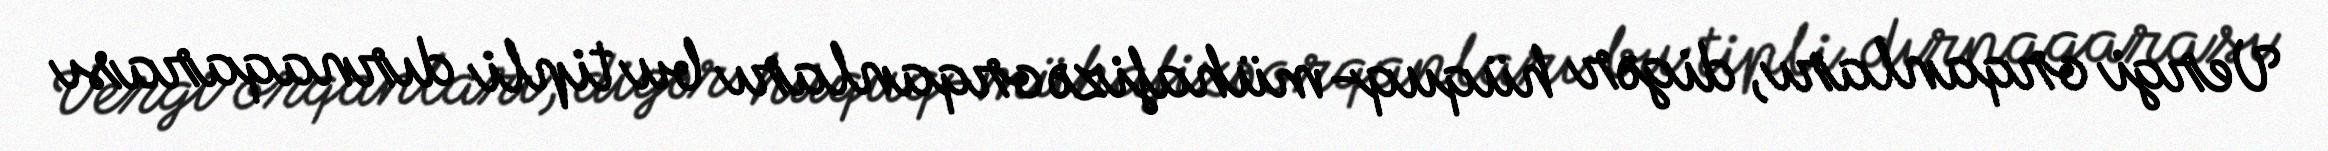
Vergi orqanları, digər hüquq-mühafizə orqanları bu tipli dırnaqarası